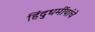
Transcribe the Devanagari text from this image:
हिंदुधर्मीयांचे